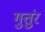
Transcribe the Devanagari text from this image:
गुतुंर